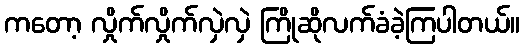
ကတော့ လှိုက်လှိုက်လှဲလှဲ ကြိုဆိုလက်ခံခဲ့ကြပါတယ်။